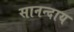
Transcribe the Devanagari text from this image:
सानन्दाय